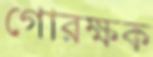
গোরক্ষক